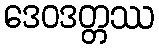
ဒေဝဒတ္တဿ